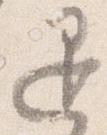
退